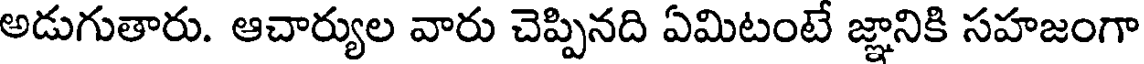
అడుగుతారు. ఆచార్యుల వారు చెప్పినది ఏమిటంటే జ్ఞానికి సహజంగా